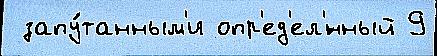
 запу́танным'и опр'ед'ел'́нный 9